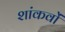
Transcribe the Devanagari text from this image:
शांकवों